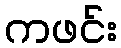
ကဖင်း